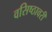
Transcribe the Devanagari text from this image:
वसिष्ठावरी